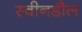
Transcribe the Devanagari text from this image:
स्वीनडौल